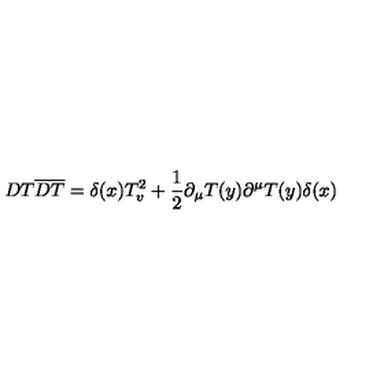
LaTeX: D T \overline { { D T } } = \delta ( x ) T _ { v } ^ { 2 } + \frac { 1 } { 2 } \partial _ { \mu } T ( y ) \partial ^ { \mu } T ( y ) \delta ( x )